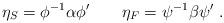
LaTeX: \begin{align*} \eta_S=\phi^{-1}\alpha\phi'\qquad\eta_F=\psi^{-1}\beta\psi'\ . \end{align*}